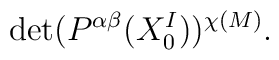
{\rm det}(P^{\alpha\beta}(X^I_0))^{\chi(M)}.